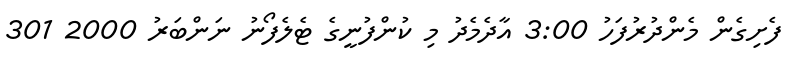
ފެށިގެން މެންދުރުފަހު 3:00 އާދެމެދު މި ކުންފުނީގެ ޓެލެފޯނު ނަންބަރު 2000 301